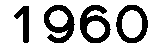
1960